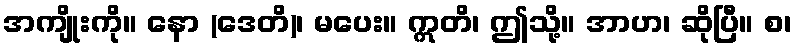
အကျိုးကို။ နော (ဒေတိ)၊ မပေး။ ဣတိ၊ ဤသို့။ အာဟ၊ ဆိုပြီ။ စ၊